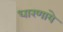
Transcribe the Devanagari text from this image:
धारणाये